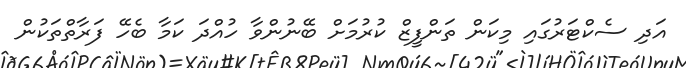
އަދި ސެކްޓަރުގައި މިކަން ތަންފީޒް ކުރުމަށް ބޭނުންވާ ހުއްދަ ކަމާ ބެހޭ ފަރާތްތަކުން